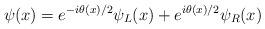
LaTeX: \begin{align*}\psi(x)=e^{-i\theta(x)/2}\psi_L(x)+e^{i\theta(x)/2}\psi_R(x)\end{align*}